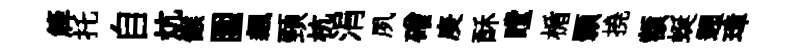
簰托自炕餱圍飆頸杭涓夙磳庚酥瞠楯顥撓額蜒遡璋